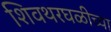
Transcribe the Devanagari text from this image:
शिवथरघळीच्या